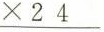
\underline{× 2 4 }